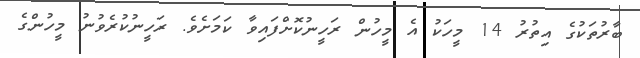
ބާރުތަކުގެ އިތުރު 14 މީހަކު އެ މީހުން ރަހީނުކޮށްފައިވާ ކަމަށެވެ. ރަހީނުކުރެވުނު މީހުންގެ